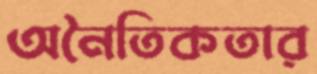
অনৈতিকতার